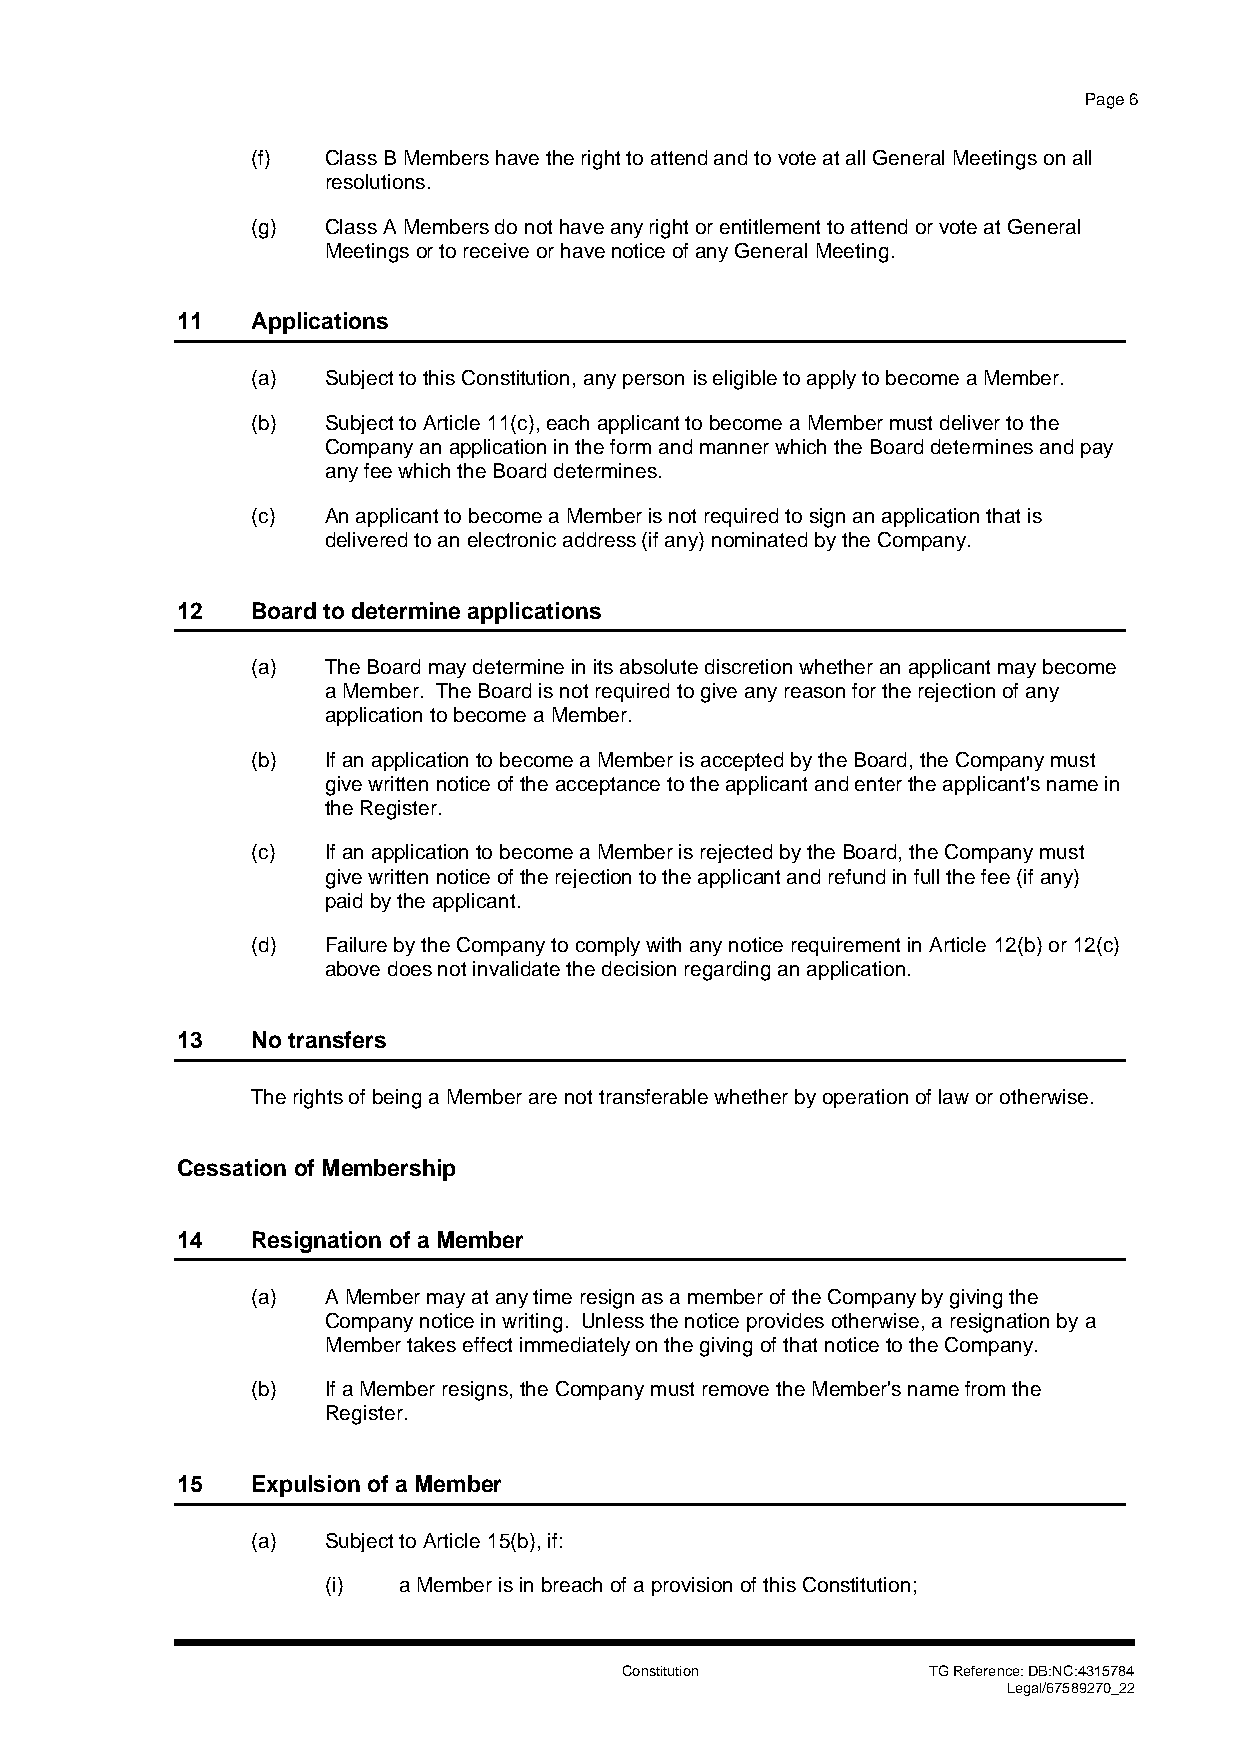
Page 6
 (f)  Class B Members have the right to attend and to vote at all General Meetings on all
 resolutions.
 (g)  Class A Members do not have any right or entitlement to attend or vote at General
 Meetings or to receive or have notice of any General Meeting.
 11   Applications
 (a)  Subject to this Constitution, any person is eligible to apply to become a Member.
 (b)  Subject to Article 11(c), each applicant to become a Member must deliver to the
 Company an application in the form and manner which the Board determines and pay
 any fee which the Board determines.
 (c)  An applicant to become a Member is not required to sign an application that is
 delivered to an electronic address (if any) nominated by the Company.
 12   Board to determine applications
 (a)  The Board may determine in its absolute discretion whether an applicant may become
 a Member. The Board is not required to give any reason for the rejection of any
 application to become a Member.
 (b)  If an application to become a Member is accepted by the Board, the Company must
 give written notice of the acceptance to the applicant and enter the applicant's name in
 the Register.
 (c)  If an application to become a Member is rejected by the Board, the Company must
 give written notice of the rejection to the applicant and refund in full the fee (if any)
 paid by the applicant.
 (d)  Failure by the Company to comply with any notice requirement in Article 12(b) or 12(c)
 above does not invalidate the decision regarding an application.
 13   No transfers
 The rights of being a Member are not transferable whether by operation of law or otherwise.
 Cessation of Membership
 14   Resignation of a Member
 (a)  A Member may at any time resign as a member of the Company by giving the
 Company notice in writing. Unless the notice provides otherwise, a resignation by a
 Member takes effect immediately on the giving of that notice to the Company.
 (b)  If a Member resigns, the Company must remove the Member's name from the
 Register.
 15   Expulsion of a Member
 (a)  Subject to Article 15(b), if:
 (i) a Member is in breach of a provision of this Constitution;
 Constitution        TG Reference: DB:NC:4315784
 Legal/67589270_22